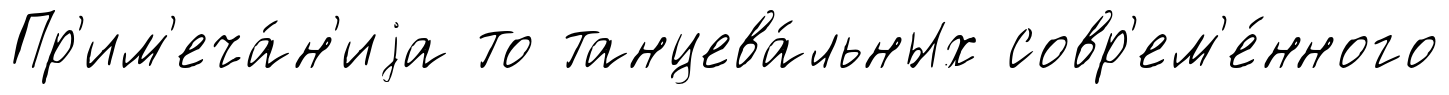
Пр'им'еча́н'иjа то танцева́льных совр'ем'е́нного